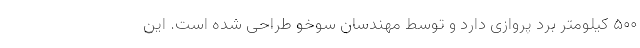
۵۰۰ کیلومتر برد پروازی دارد و توسط مهندسان سوخو طراحی شده است. این